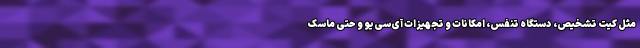
مثل کیت تشخیص، دستگاه تنفس، امکانات و تجهیزات آی‌سی‌یو و حتی ماسک